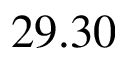
2 9 . 3 0